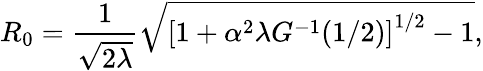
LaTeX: R_{0}=\frac{1}{\sqrt{2\lambda}}\sqrt{\left[1+\alpha^{2}\lambda G^{-1}(1/2)\right]^{1/2}-1},